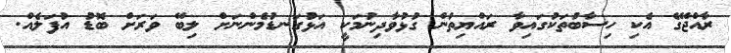
ރާއްޖޭގެ އެކި ހިސާބުތަކުގައިވާ ރައްޔިތުން ގުޅުވާދިނުމަކީ އަޅުގަނޑުމެންނަށް ލިބޭ ވަރަށް ބޮޑު އުފަލެއް.